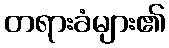
တရားခံများ၏